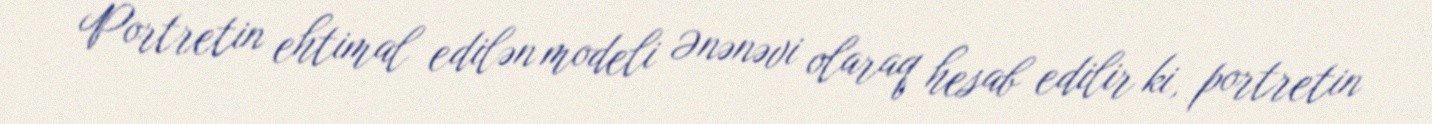
Portretin ehtimal edilən modeli Ənənəvi olaraq hesab edilir ki, portretin